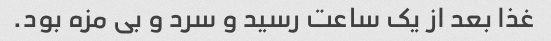
غذا بعد از یک ساعت رسید و سرد و بی مزه بود.